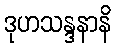
ဒုဟသန္ဒနာနိ